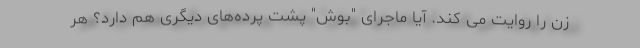
زن را روایت می کند. آیا ماجرای "بوش" پشت پرده‌های دیگری هم دارد؟ هر